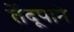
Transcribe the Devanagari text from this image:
तेंदूपाने